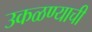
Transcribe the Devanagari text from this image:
उकळण्याची